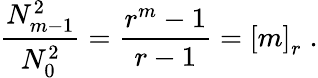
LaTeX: \frac{N_{m-1}^{2}}{N_{0}^{2}}=\frac{r^{m}-1}{r-1}=\left[m\right]_{r}\; .